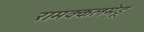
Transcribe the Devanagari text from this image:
रामक्कलमेडू